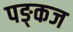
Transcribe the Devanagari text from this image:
पङ्कज